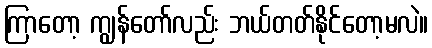
ကြာတော့ ကျွန်တော်လည်း ဘယ်တတ်နိုင်တော့မလဲ။